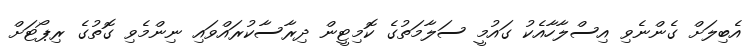
އެބިލަށް ގެންނެވި އިސްލާހާއެކު ގައުމީ ސަލާމަތުގެ ކޮމިޓީން ދިރާސާކުރައްވައި ނިންމެވި ގޮތުގެ ރިޕޯޓަށް